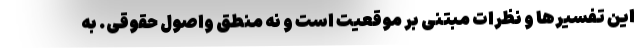
این تفسیرها و نظرات مبتنی بر موقعیت است و نه منطق و‌اصول حقوقی. به